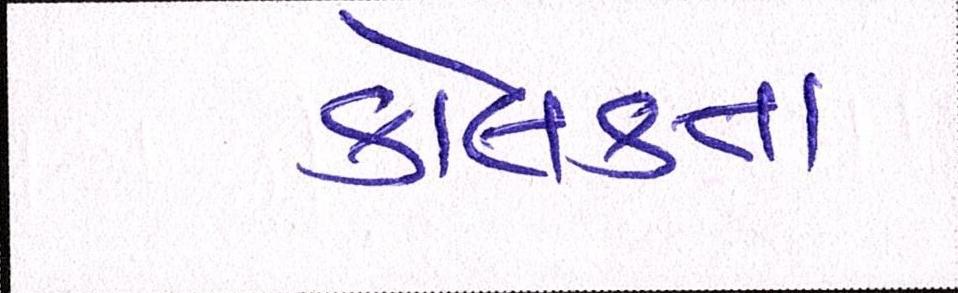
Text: કોલકતા